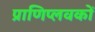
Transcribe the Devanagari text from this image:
प्राणिप्लवकों